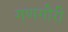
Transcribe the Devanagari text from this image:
गणगौरी